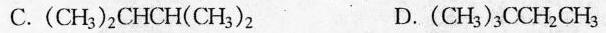
C. (CH_{3})_{2}CHCH(CH_{3})_{2} D. (CH_{3})_{3}CCH_{2}CH _{3}